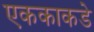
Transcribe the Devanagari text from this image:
एककाकडे